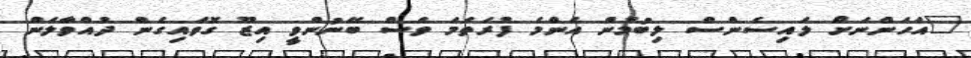
"އަހަންނަށް ލައިސެންސް ލިބުމުން އެންމެ ފުރަތަމަ ވެސް ބޭނުންވީ އިޒޫ ގޮވައިގެން ދުއްވާލަން